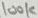
Text: 100K